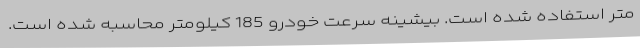
متر استفاده شده است. بیشینه سرعت خودرو 185 کیلومتر محاسبه شده است.